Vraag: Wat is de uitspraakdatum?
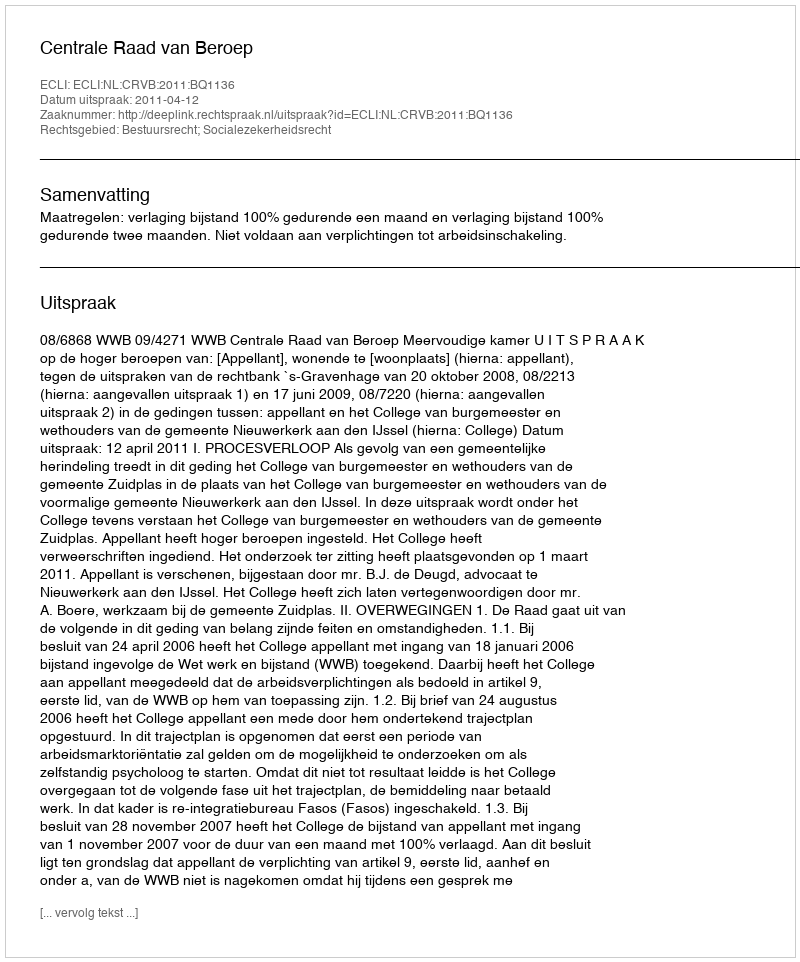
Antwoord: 2011-04-12